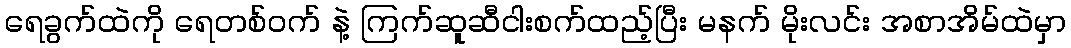
ရေခွက်ထဲကို ရေတစ်ဝက် နဲ့ ကြက်ဆူဆီငါးစက်ထည့်ပြီး မနက် မိုးလင်း အစာအိမ်ထဲမှာ